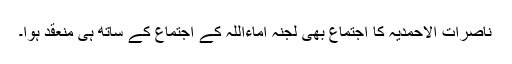
ناصرات الاحمدیہ کا اجتماع بھی لجنہ اماءاللہ کے اجتماع کے ساتھ ہی منعقد ہوا۔